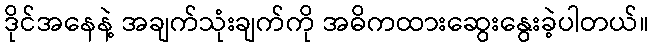
ဒိုင်အနေနဲ့ အချက်သုံးချက်ကို အဓိကထားဆွေးနွေးခဲ့ပါတယ်။